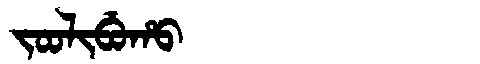
Manchu: ᠵᠣᠣᠯᡳᠪᡠᡥᠣ
Romanization: JOOLIBUHO